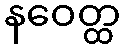
နဝေတ္ထ